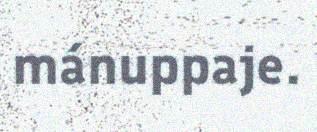
mánuppaje.